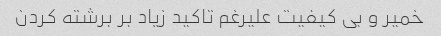
خمیر و بی کیفیت علیرغم تاکید زیاد بر برشته کردن